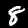
Digit: 8